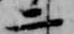
二